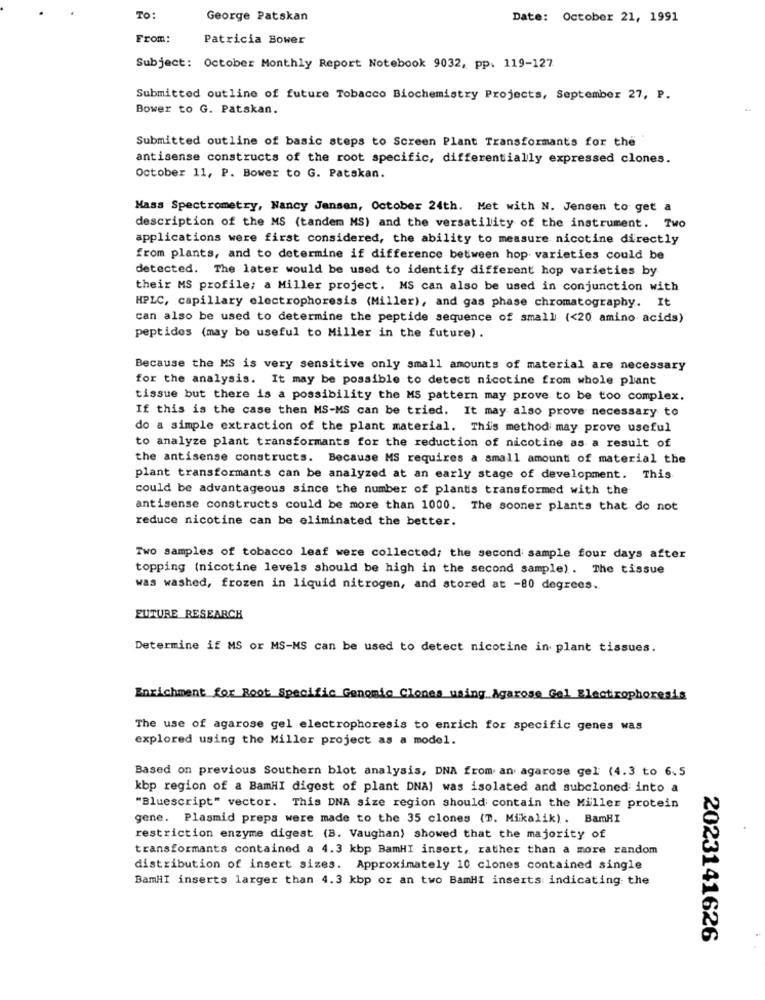
To:
George Patskan
Date: October 21, 1991
From:
Patricia Bower
Subject: October Monthly Report Notebook 9032, pp. 119-127
Submitted outline of future Tobacco Biochemistry Projects, September 27, P.
Bower to G. Patskan.
Submitted outline of basic steps to Screen Plant Transformants for the
antisense constructs of the root specific, differentially expressed clones.
October 11, P. Bower to G. Patskan.
Mass Spectrometry, Nancy Jensen, October 24th. Met with N. Jensen to get a
description of the MS (tandem MS) and the versatility of the instrument. Two
applications were first considered, the ability to measure nicotine directly
from plants, and to determine if difference between hop varieties could be
detected. The later would be used to identify different hop varieties by
their MS profile; a Miller project. MS can also be used in conjunction with
HPLC, capillary electrophoresis (Miller), and gas phase chromatography. It
can also be used to determine the peptide sequence of small (<20 amino acids)
peptides (may be useful to Miller in the future).
Because the MS is very sensitive only small amounts of material are necessary
for the analysis. It may be possible to detect nicotine from whole plant
tissue but there is a possibility the MS pattern may prove to be too complex.
If this is the case then MS-MS can be tried. It may also prove necessary to
do a simple extraction of the plant material. This method may prove useful
to analyze plant transformants for the reduction of nicotine as a result of
the antisense constructs. Because MS requires a small amount of material the
plant transformants can be analyzed at an early stage of development. This
could be advantageous since the number of plants transformed with the
antisense constructs could be more than 1000. The sooner plants that do not
reduce nicotine can be eliminated the better.
Two samples of tobacco leaf were collected; the second sample four days after
topping (nicotine levels should be high in the second sample). The tissue
was washed, frozen in liquid nitrogen, and stored at -80 degrees.
FUTURE RESEARCH
Determine if MS or MS-MS can be used to detect nicotine in plant tissues.
Enrichment for Root Specific Genomic Clones using Agarose Gel Electrophoresis
The use of agarose gel electrophoresis to enrich for specific genes was
explored using the Miller project as a model.
Based on previous Southern blot analysis, DNA from an agarose gel: (4.3 to 6.5
kbp region of a BamHI digest of plant DNAI was isolated and subcloned into a
"Bluescript" vector. This DNA size region should contain the Miller protein
gene. Plasmid preps were made to the 35 clones (T. Mikalik) . BamHI
restriction enzyme digest (B. Vaughan) showed that the majority of
transformants contained a 4.3 kbp BamHI insert, rather than a more random
distribution of insert sizes. Approximately 10 clones contained single
BamHI inserts larger than 4.3 kbp or an two BamHI inserts indicating the
2023141626